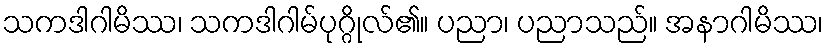
သကဒါဂါမိဿ၊ သကဒါဂါမ်ပုဂ္ဂိုလ်၏။ ပညာ၊ ပညာသည်။ အနာဂါမိဿ၊